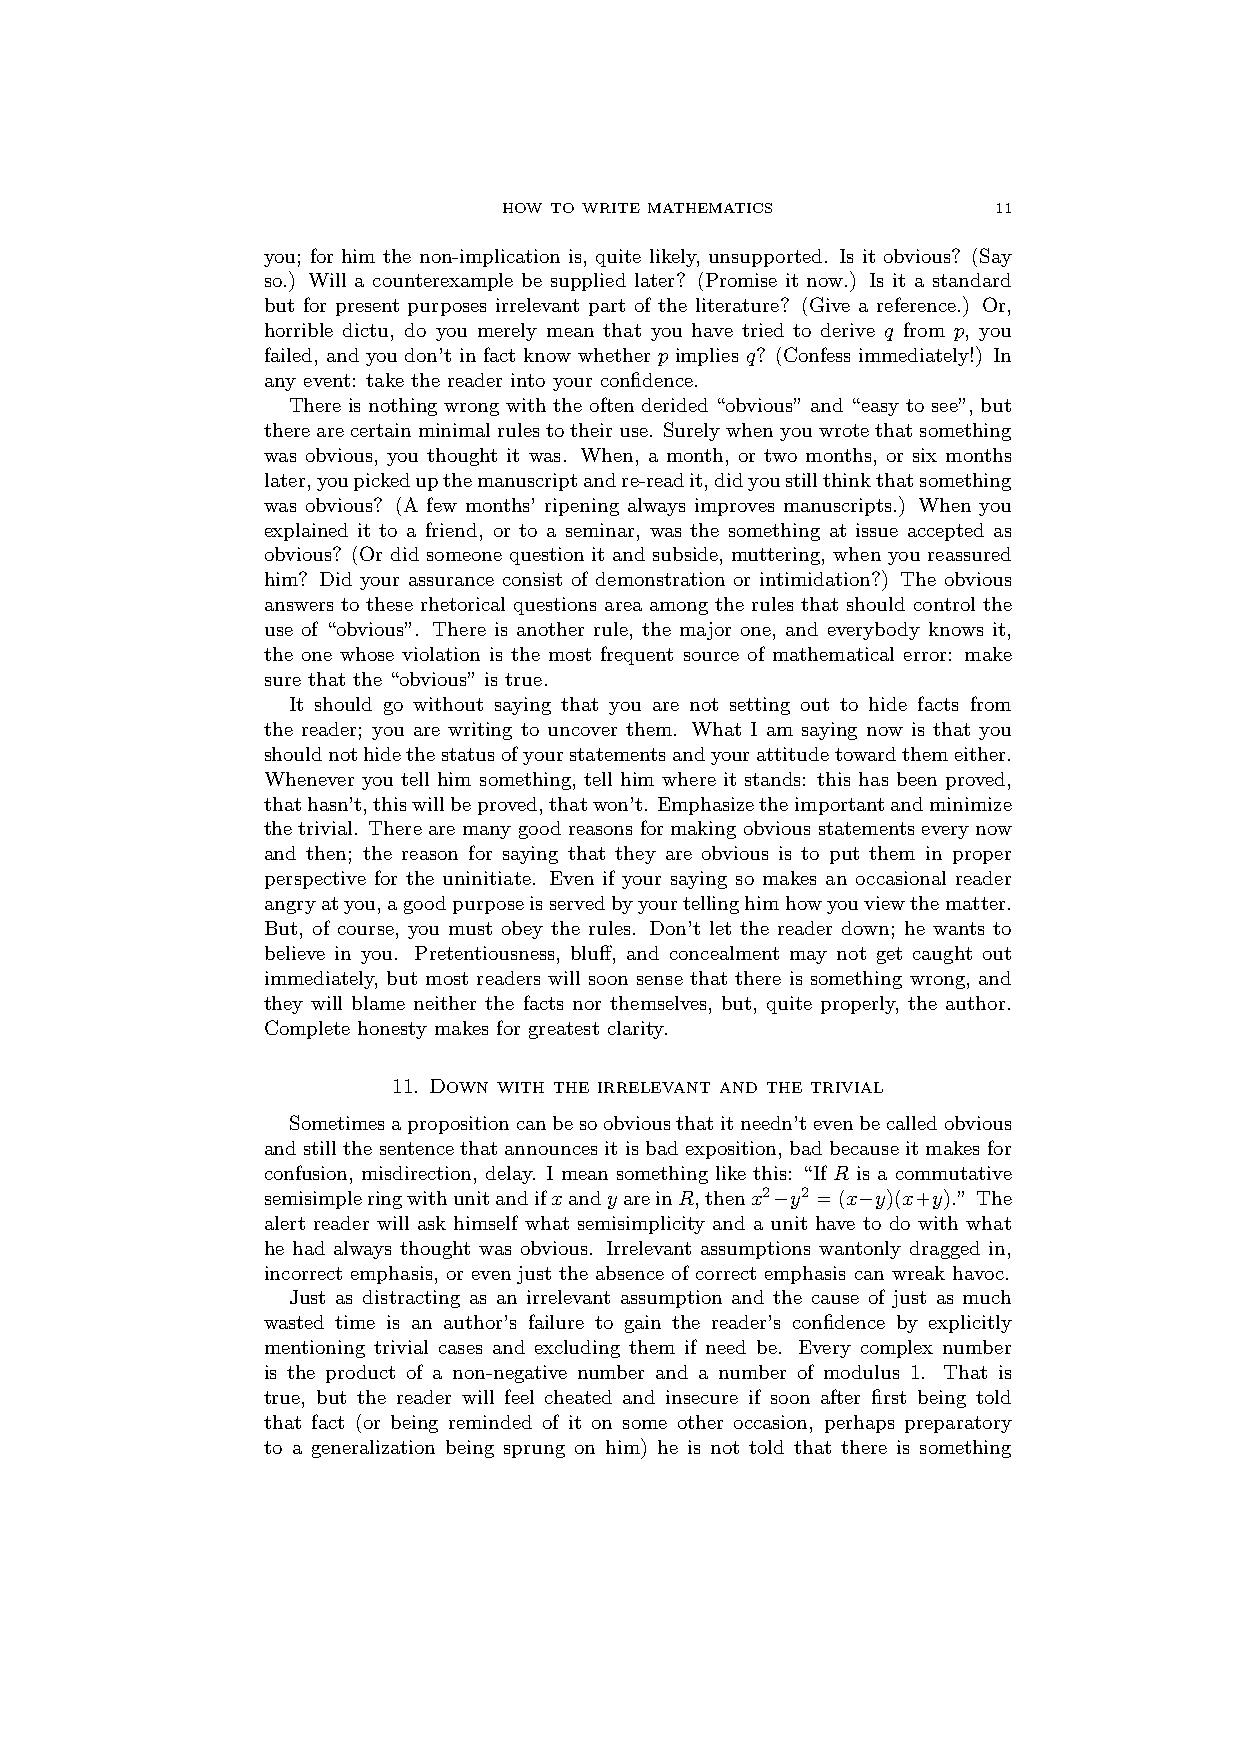
HOW TO WRITE MATHEMATICS         11
 you; for him the non-implication is, quite likely, unsupported. Is it obvious? (Say
 so.) Will a counterexample be supplied later? (Promise it now.) Is it a standard
 but for present purposes irrelevant part of the literature? (Give a reference.) Or,
 horrible dictu, do you merely mean that you have tried to derive q from p, you
 failed, and you don’t in fact know whether p implies q? (Confess immediately!) In
 any event: take the reader into your confidence.
 There is nothing wrong with the often derided “obvious” and “easy to see”, but
 therearecertainminimalrulestotheiruse. Surelywhenyouwrotethatsomething
 was obvious, you thought it was. When, a month, or two months, or six months
 later,youpickedupthemanuscriptandre-readit,didyoustillthinkthatsomething
 was obvious? (A few months’ ripening always improves manuscripts.) When you
 explained it to a friend, or to a seminar, was the something at issue accepted as
 obvious? (Or did someone question it and subside, muttering, when you reassured
 him? Did your assurance consist of demonstration or intimidation?) The obvious
 answers to these rhetorical questions area among the rules that should control the
 use of “obvious”. There is another rule, the major one, and everybody knows it,
 the one whose violation is the most frequent source of mathematical error: make
 sure that the “obvious” is true.
 It should go without saying that you are not setting out to hide facts from
 the reader; you are writing to uncover them. What I am saying now is that you
 shouldnothidethestatusofyourstatementsandyourattitudetowardthemeither.
 Whenever you tell him something, tell him where it stands: this has been proved,
 thathasn’t,thiswillbeproved,thatwon’t. Emphasizetheimportantandminimize
 thetrivial. Therearemanygoodreasonsformakingobviousstatementseverynow
 and then; the reason for saying that they are obvious is to put them in proper
 perspective for the uninitiate. Even if your saying so makes an occasional reader
 angryatyou,agoodpurposeisservedbyyourtellinghimhowyouviewthematter.
 But, of course, you must obey the rules. Don’t let the reader down; he wants to
 believe in you. Pretentiousness, bluff, and concealment may not get caught out
 immediately, but most readers will soon sense that there is something wrong, and
 they will blame neither the facts nor themselves, but, quite properly, the author.
 Complete honesty makes for greatest clarity.
 11. Down with the irrelevant and the trivial
 Sometimesapropositioncanbesoobviousthatitneedn’tevenbecalledobvious
 andstillthesentencethatannouncesitisbadexposition, badbecauseitmakesfor
 confusion, misdirection, delay. I mean something like this: “If R is a commutative
 semisimpleringwithunitandifxandyareinR,thenx2−y2 =(x−y)(x+y).” The
 alert reader will ask himself what semisimplicity and a unit have to do with what
 he had always thought was obvious. Irrelevant assumptions wantonly dragged in,
 incorrect emphasis, or even just the absence of correct emphasis can wreak havoc.
 Just as distracting as an irrelevant assumption and the cause of just as much
 wasted time is an author’s failure to gain the reader’s confidence by explicitly
 mentioning trivial cases and excluding them if need be. Every complex number
 is the product of a non-negative number and a number of modulus 1. That is
 true, but the reader will feel cheated and insecure if soon after first being told
 that fact (or being reminded of it on some other occasion, perhaps preparatory
 to a generalization being sprung on him) he is not told that there is something